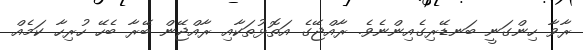
ރާވާ ހިންގަނީ ބަނޑޭރިގެއިންނެވެ. ރާއްޖޭގެ އަތޮޅުތަކާއި ރާއްޖޭން ބޭރާ ބެހޭ ހުރިހާ ކަމެއް